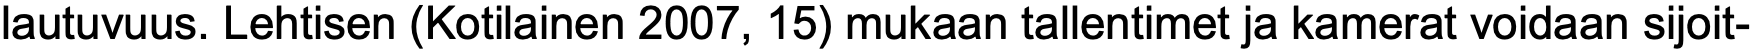
lautuvuus. Lehtisen (Kotilainen 2007, 15) mukaan tallentimet ja kamerat voidaan sijoit-